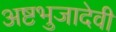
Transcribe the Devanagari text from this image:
अष्टभुजादेवी